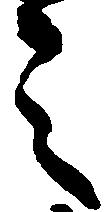
之